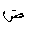
Letter: _dad